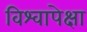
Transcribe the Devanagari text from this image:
विश्वापेक्षा